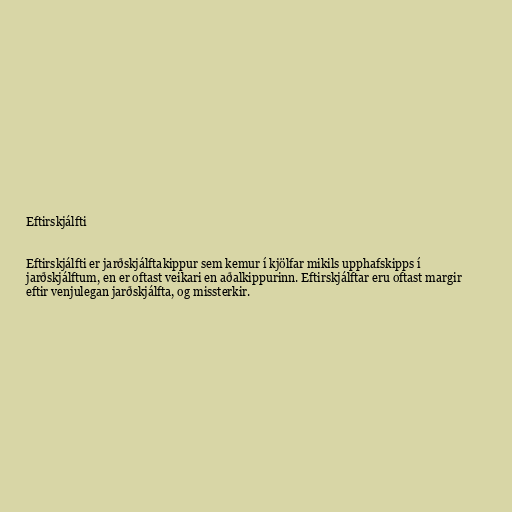
Eftirskjálfti

Eftirskjálfti er jarðskjálftakippur sem kemur í kjölfar mikils upphafskipps í
jarðskjálftum, en er oftast veikari en aðalkippurinn. Eftirskjálftar eru oftast margir
eftir venjulegan jarðskjálfta, og missterkir.